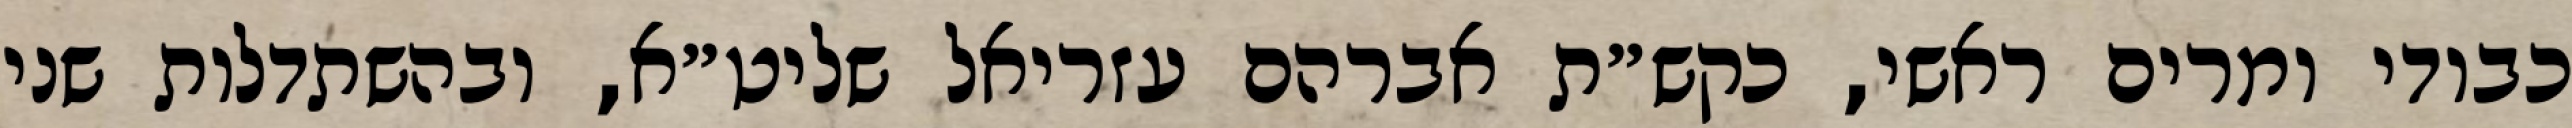
כבודי ומרים ראשי, כקש״ת אברהם עזריאל שליט״א, ובהשתדלות שני